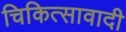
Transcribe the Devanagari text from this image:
चिकित्सावादी